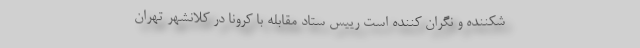
شکننده و نگران کننده است رییس ستاد مقابله با کرونا در کلانشهر تهران